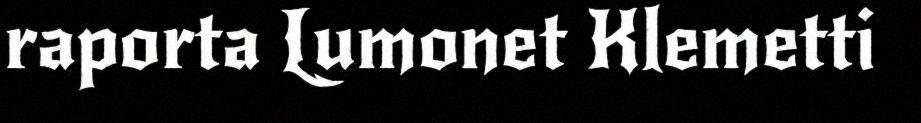
raporta Lumonet Klemetti